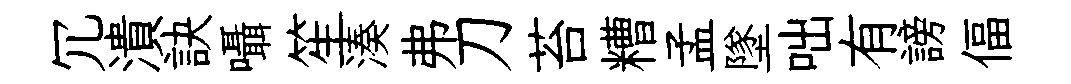
冗潰訣囁笙湊弗刀苔糟孟墜咄有謗偪